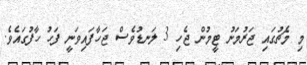
މި މެޗުގައި ޖަރުމަނު ޓީމުން ޖެހި 3 ލަނޑުވެސް ޖަހާފައިވަނީ ފަހު ހާފުގައެވެ.